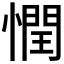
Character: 𢡞